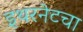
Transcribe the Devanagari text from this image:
इथरनेटचा